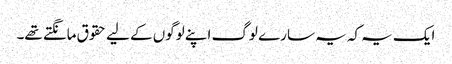
ایک یہ کہ یہ سارے لوگ اپنے لوگوں کے لیے حقوق مانگتے تھے۔